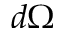
d \Omega